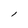
Character: l